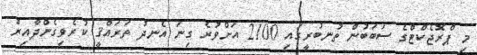
މި ޕްރޮޖެކްޓްގެ ސަބަބުން ތުނބުރީގައި 2100 އަށްވުރެ ގިނަ އެނދު ތަރައްޤީ ކުރެވިގެންދާއިރު